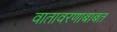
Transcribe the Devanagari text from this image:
वातावरणाबाबत